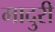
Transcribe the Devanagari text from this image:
मादुरी